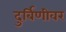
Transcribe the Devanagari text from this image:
दुर्बिणीवर